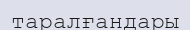
таралғандары